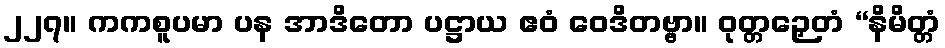
၂၂၇။ ကကစူပမာ ပန အာဒိတော ပဋ္ဌာယ ဧဝံ ဝေဒိတဗ္ဗာ။ ဝုတ္တဉှေတံ “နိမိတ္တံ